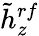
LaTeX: \tilde{h}_{z}^{rf}